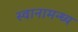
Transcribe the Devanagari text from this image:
स्वानामन्ध्य